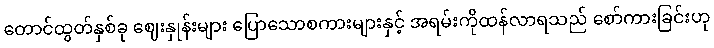
တောင်ထွတ်နှစ်ခု ဈေးနှုန်းများ ပြောသောစကားများနှင့် အရမ်းကိုထန်လာရသည် စော်ကားခြင်းဟု